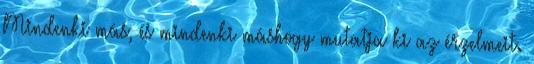
Mindenki más, és mindenki máshogy mutatja ki az érzelmeit.